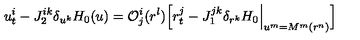
u _ { t } ^ { i } - J _ { 2 } ^ { i k } \delta _ { u ^ { k } } H _ { 0 } ( u ) = { \cal O } _ { j } ^ { i } ( r ^ { l } ) \Big [ r _ { t } ^ { j } - J _ { 1 } ^ { j k } \delta _ { r ^ { k } } H _ { 0 } \Big | _ { u ^ { m } = M ^ { m } ( r ^ { n } ) } \Big ]